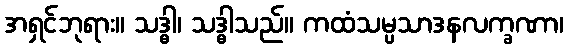
အရှင်ဘုရား။ သဒ္ဓါ၊ သဒ္ဓါသည်။ ကထံသမ္ပသာဒနလက္ခဏာ၊